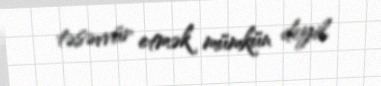
təsəvvür etmək mümkün deyil.